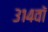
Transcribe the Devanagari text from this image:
३१४वॉ